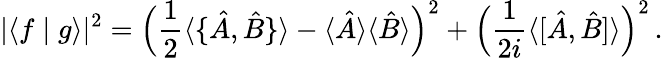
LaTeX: |\langle f\mid g\rangle|^{2}={\Big(}{\frac{1}{2}}\langle\{ {\hat{A}},{\hat{B}}\} \rangle-\langle{\hat{A}}\rangle\langle{\hat{B}}\rangle{\Big)}^{2}+{\Big(}{\frac{1}{2i}}\langle[{\hat{A}},{\hat{B}}]\rangle{\Big)}^{2}\, .